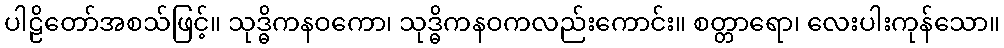
ပါဠိတော်အစသ်ဖြင့်။ သုဒ္ဓိကနဝကော၊ သုဒ္ဓိကနဝကလည်းကောင်း။ စတ္တာရော၊ လေးပါးကုန်သော။